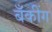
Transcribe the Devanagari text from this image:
बॅँकींग